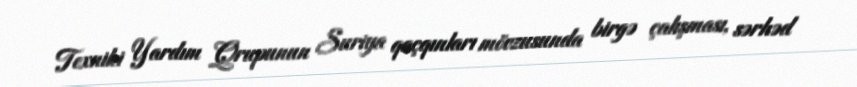
Texniki Yardım Qrupunun Suriya qaçqınları mövzusunda birgə çalışması, sərhəd